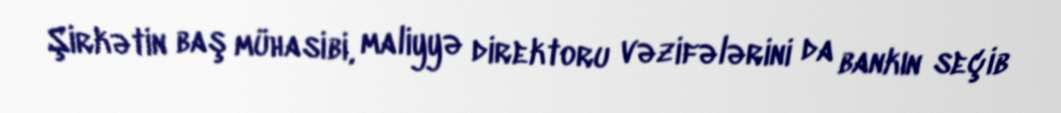
Şirkətin baş mühasibi, maliyyə direktoru vəzifələrini da bankın seçib